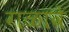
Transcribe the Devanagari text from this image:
गळावे